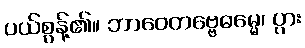
ပယ်စွန့်၏။ ဘာဝေတဗ္ဗေဓမ္မေ၊ ပွား